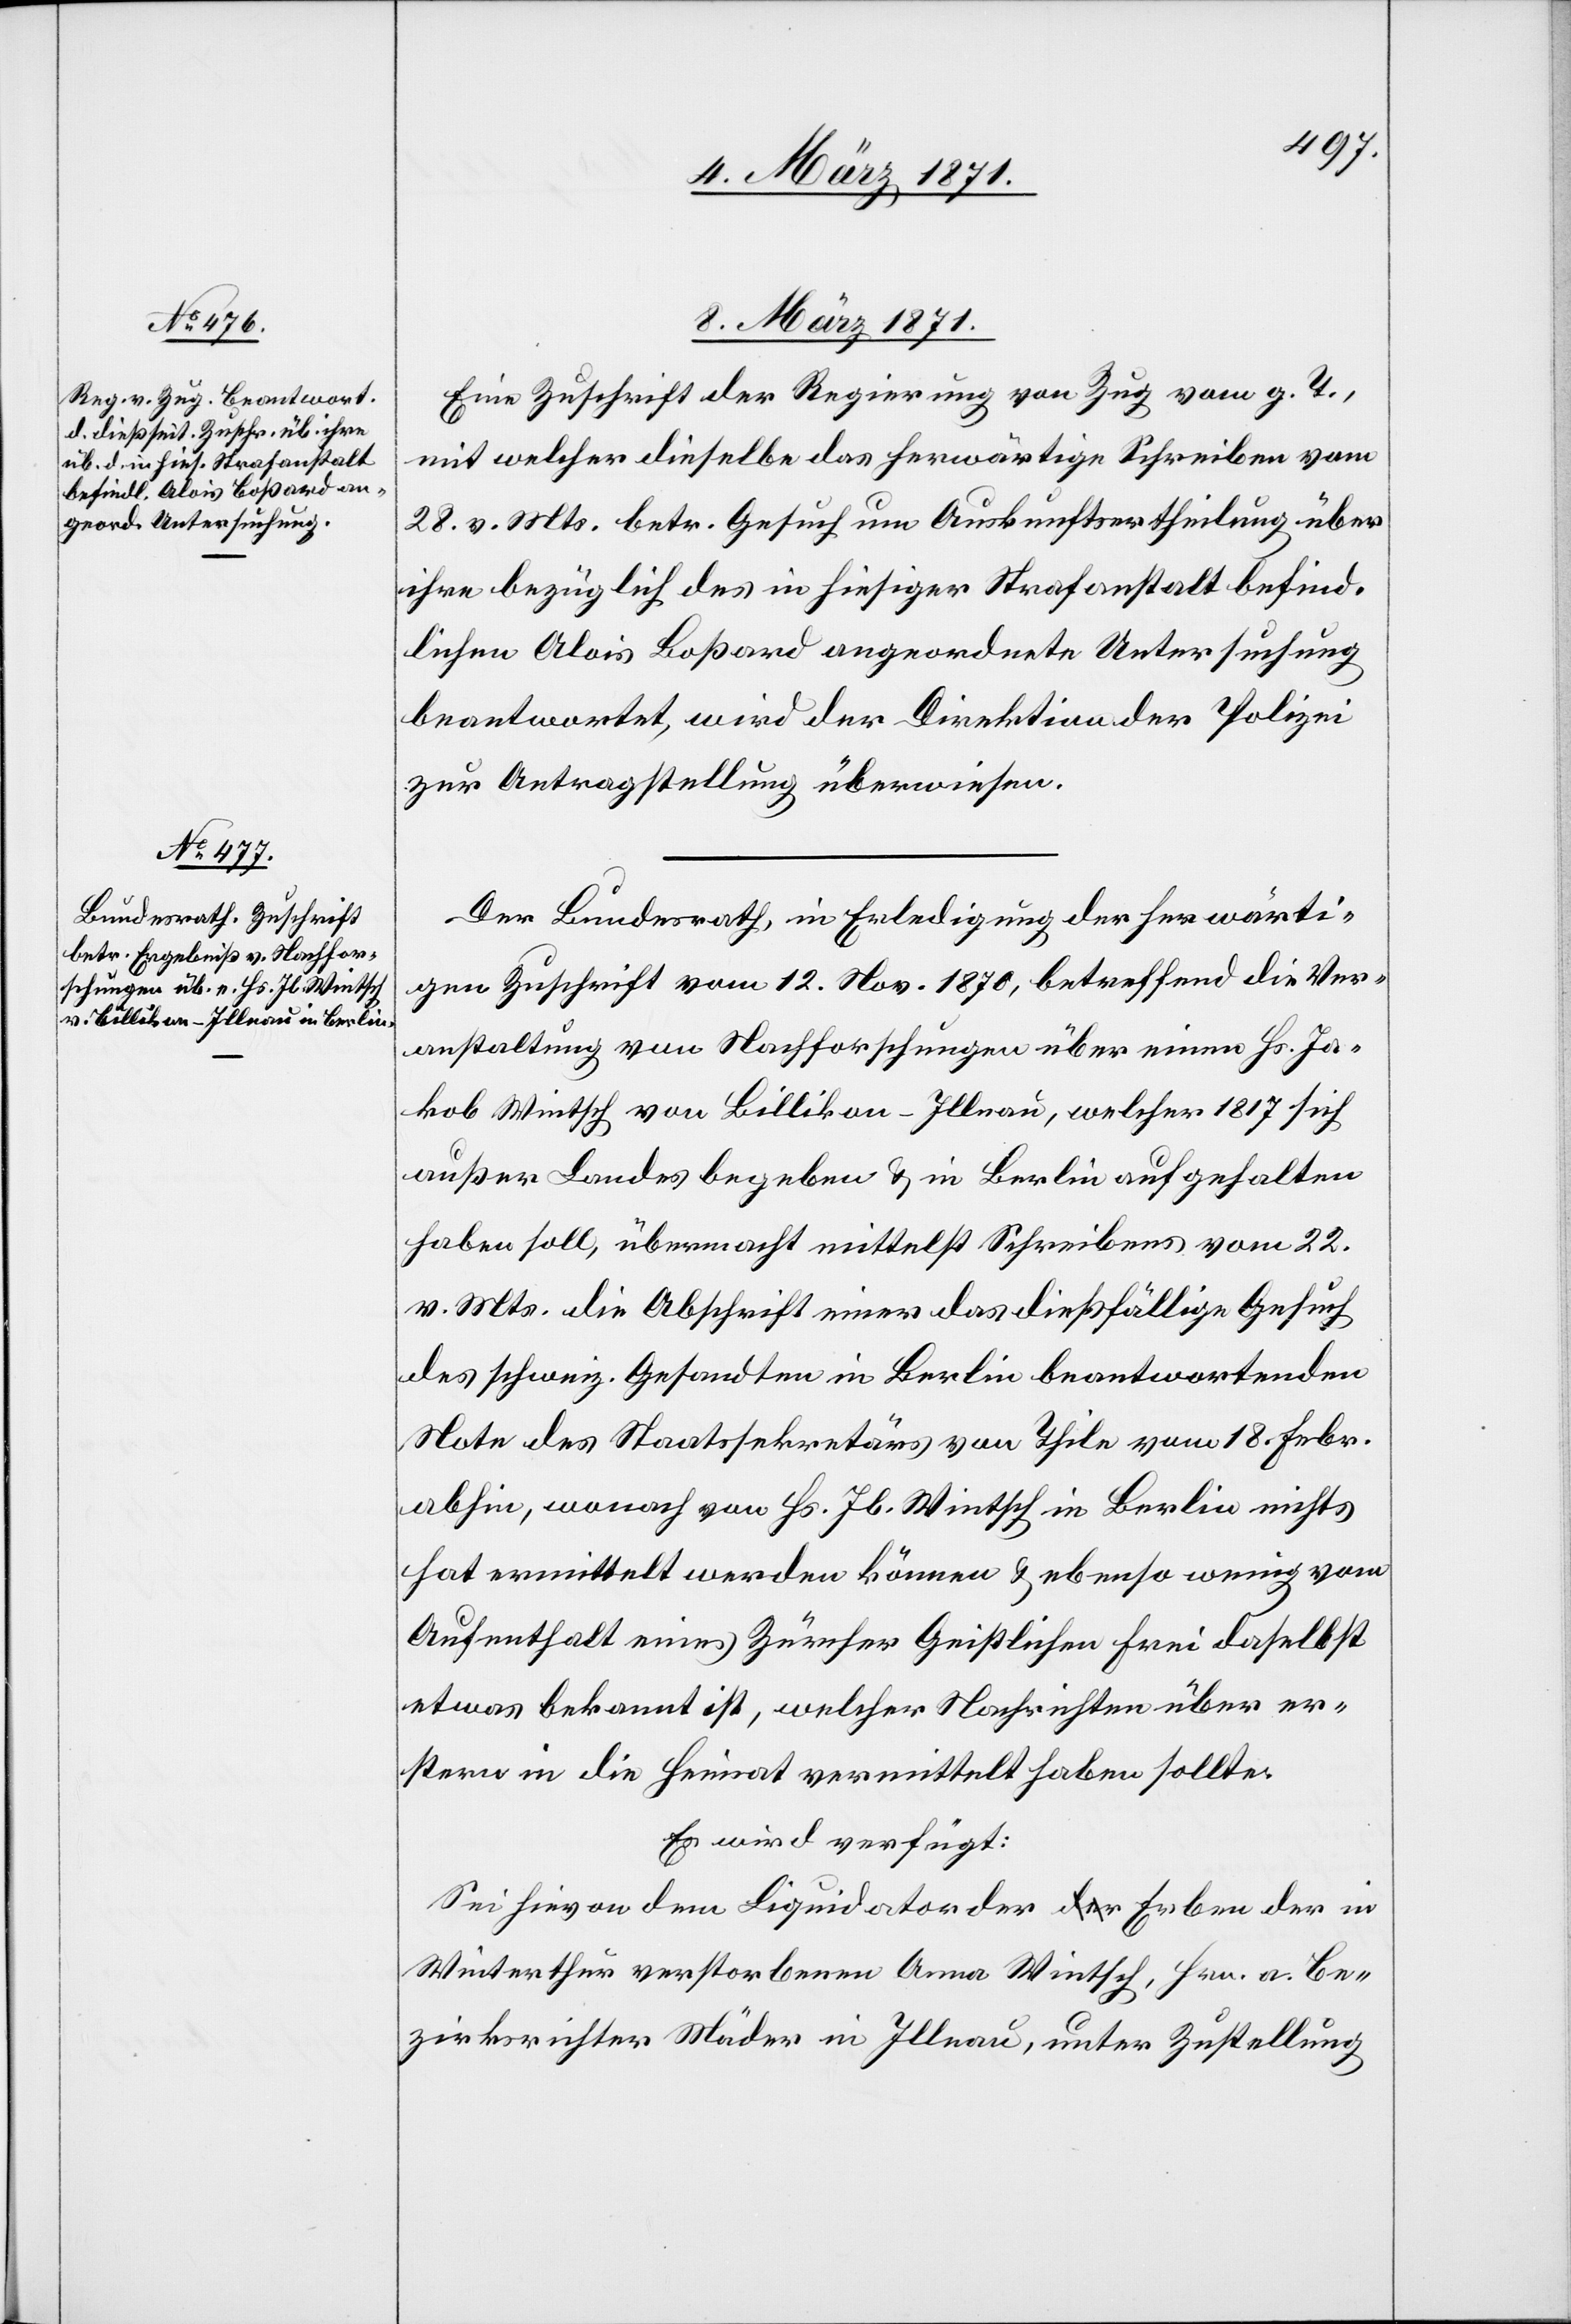
08. März 1871.]
Eine Zuschrift der Regierung von Zug vom g. T.,
mit welcher dieselbe das herwärtige Schreiben vom
28. v. Mts. betr. Gesuch um Auskunftsertheilung über
ihre bezüglich des in hiesiger Strafanstalt befind¬
lichen Alois Boßard angeordnete Untersuchung
beantwortet, wird der Direktion der Polizei
zur Antragstellung überwiesen.
Der Bundesrath, in Erledigung der herwärti¬
gen Zuschrift vom 12. Nov. 1870, betreffend die Ver¬
anstaltung von Nachforschungen über einen Hs. Ja¬
kob Wintsch von Billikon-Illnau, welcher 1817 sich
außer Landes begeben u. in Berlin aufgehalten
haben soll, übermacht mittelst Schreiben vom 22.
v. Mts. die Abschrift einer das dießfällige Gesuch
des schweiz. Gesandten in Berlin beantwortenden
Note des Staatssekretärs von Thile vom 18. Febr.
abhin, wonach von Hs. Jb. Wintsch in Berlin nichts
hat ermittelt werden können u. ebenso wenig vom
Aufenthalt eines Zürcher Geistlichen Frei daselbst
etwas bekannt ist, welcher Nachrichten über er¬
stern in die Heimat vermittelt haben sollte.
Es wir verfügt:
Sei hievon dem Liquidator der Erben der in
Winterthur verstorbenen Anna Wintsch, Hrn. a. Be¬
zirksrichter Mäder in Illnau, unter Zustellung